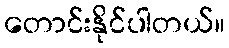
တောင်းနိုင်ပါတယ်။